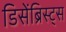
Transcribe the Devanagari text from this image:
डिसेंब्रिस्ट्स